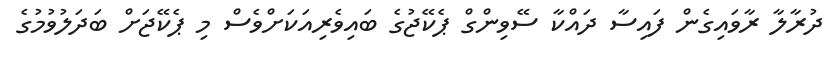
ދުރާލާ ރާވައިގެން ފައިސާ ދައްކާ ސޭވިންގް ޕެކޭޖުގެ ބައިވެރިއަކަށްވެސް މި ޕެކޭޖަށް ބަދަލުވުމުގެ